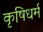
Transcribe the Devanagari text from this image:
कृषिधर्म